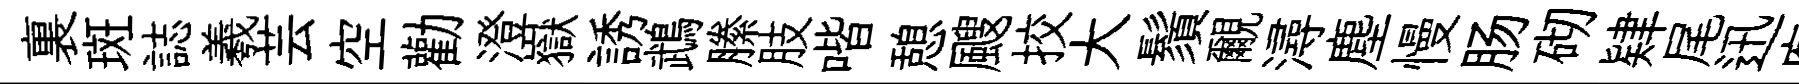
裏斑誌羲芸空勸澄嶽誘鵡縢肢喈憩颼挍大鬚覼潯塵慢肠砌肄尾迅廡